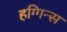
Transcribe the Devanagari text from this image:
हग्गिन्स